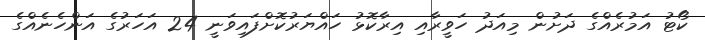
ކޯޓު އަމުރެއްގެ ދަށުން މިއަދު ހަވީރާއި އިރާކޮޅު ހައްޔަރުކޮށްފައިވަނީ 24 އަހަރުގެ އަންހެނެއްގެ